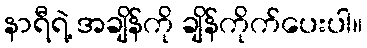
နာရီရဲ့ အချိန်ကို ချိန်ကိုက်ပေးပါ။